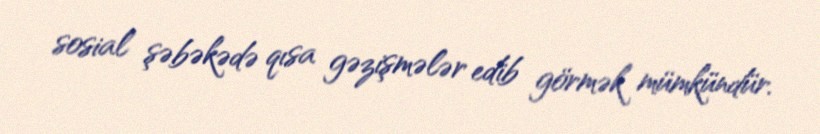
sosial şəbəkədə qısa gəzişmələr edib görmək mümkündür.